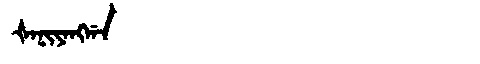
Manchu: ᡧᠠᠨᡳᠶᠠᠩᡤᠠ
Romanization: ŠANIYANGGA